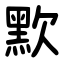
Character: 㱄